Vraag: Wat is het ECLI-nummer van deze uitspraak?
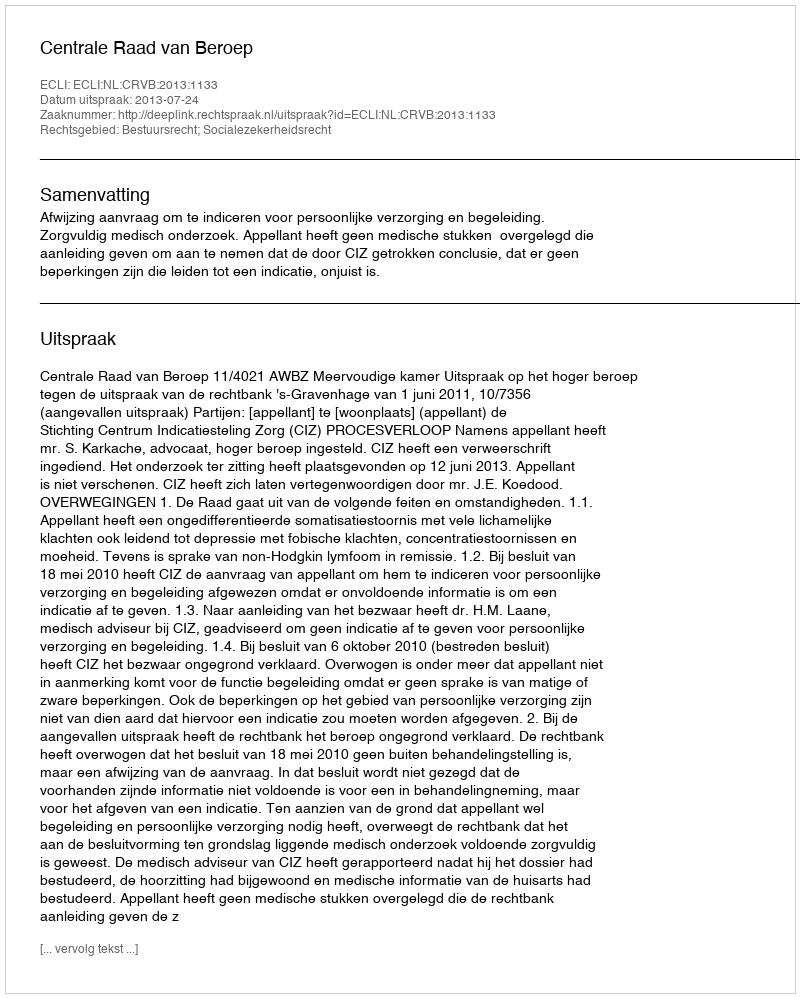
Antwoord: ECLI:NL:CRVB:2013:1133